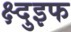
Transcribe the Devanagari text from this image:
क्ष्दुइफ